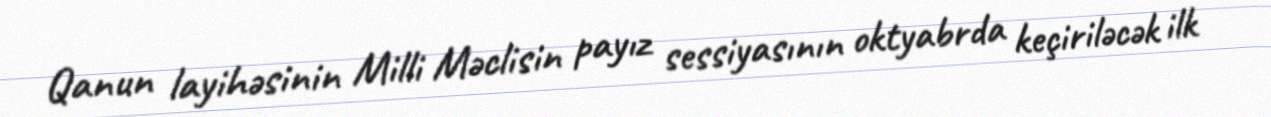
Qanun layihəsinin Milli Məclisin payız sessiyasının oktyabrda keçiriləcək ilk